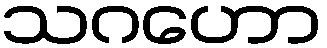
သဂဟော